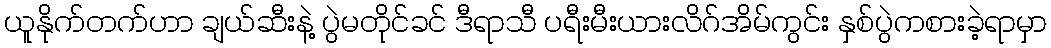
ယူနိုက်တက်ဟာ ချယ်ဆီးနဲ့ ပွဲမတိုင်ခင် ဒီရာသီ ပရီးမီးယားလိဂ်အိမ်ကွင်း နှစ်ပွဲကစားခဲ့ရာမှာ